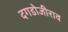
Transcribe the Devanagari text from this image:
दगडोजीराव